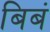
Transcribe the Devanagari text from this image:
बिबं